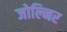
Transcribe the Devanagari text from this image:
जोल्निर